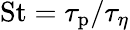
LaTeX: \mathrm{St}=\tau_{\mathrm{p}}/\tau_{\eta}